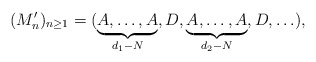
\begin{align*}(M'_n)_{n\geq 1}=(\underbrace{A,\ldots,A}_{d_1-N },D,\underbrace{A,\ldots,A}_{d_2-N },D,\ldots),\end{align*}